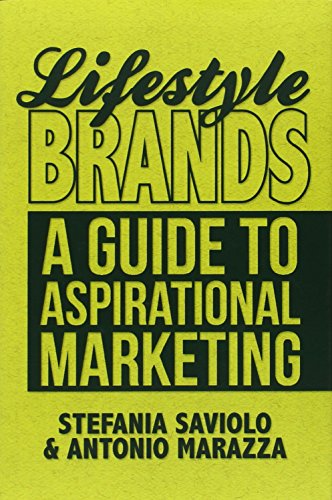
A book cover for Lifestyle Brands: A Guide to Aspirational Marketing; Stefania Saviolo; Business & Money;